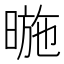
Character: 暆